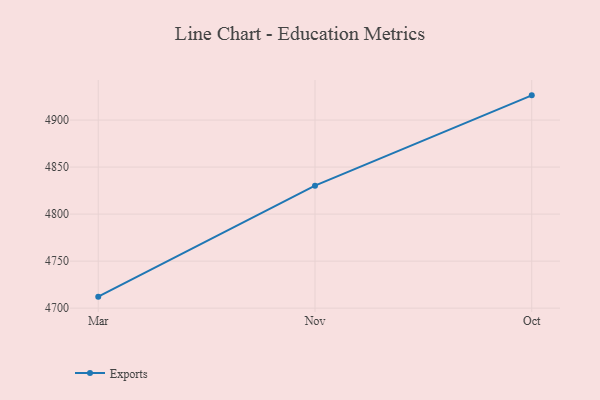
{"axis": {"x": "Month", "y": "Market Share (%)"}, "legend": ["Exports"], "data": [{"x": "Mar", "y": 4712.2, "type": "Exports"}, {"x": "Nov", "y": 4830.2, "type": "Exports"}, {"x": "Oct", "y": 4926.3, "type": "Exports"}]}